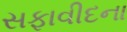
સફાવીદના